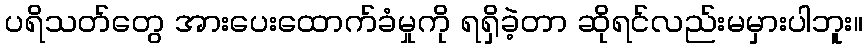
ပရိသတ်တွေ အားပေးထောက်ခံမှုကို ရရှိခဲ့တာ ဆိုရင်လည်းမမှားပါဘူး။